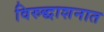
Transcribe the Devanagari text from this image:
विरुद्धाशनात